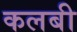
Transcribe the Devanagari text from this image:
कलबी